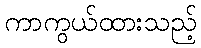
ကာကွယ်ထားသည့်